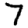
Digit: 7